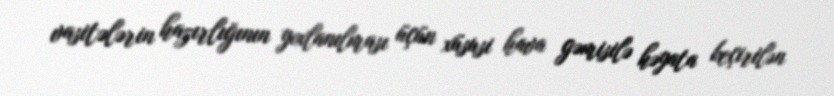
vasitələrin hazırlığının yoxlanılması üçün xüsusi hava gəmisilə həyata keçirilən